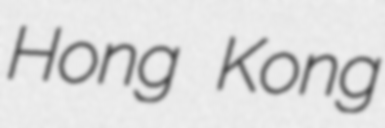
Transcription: Hong Kong